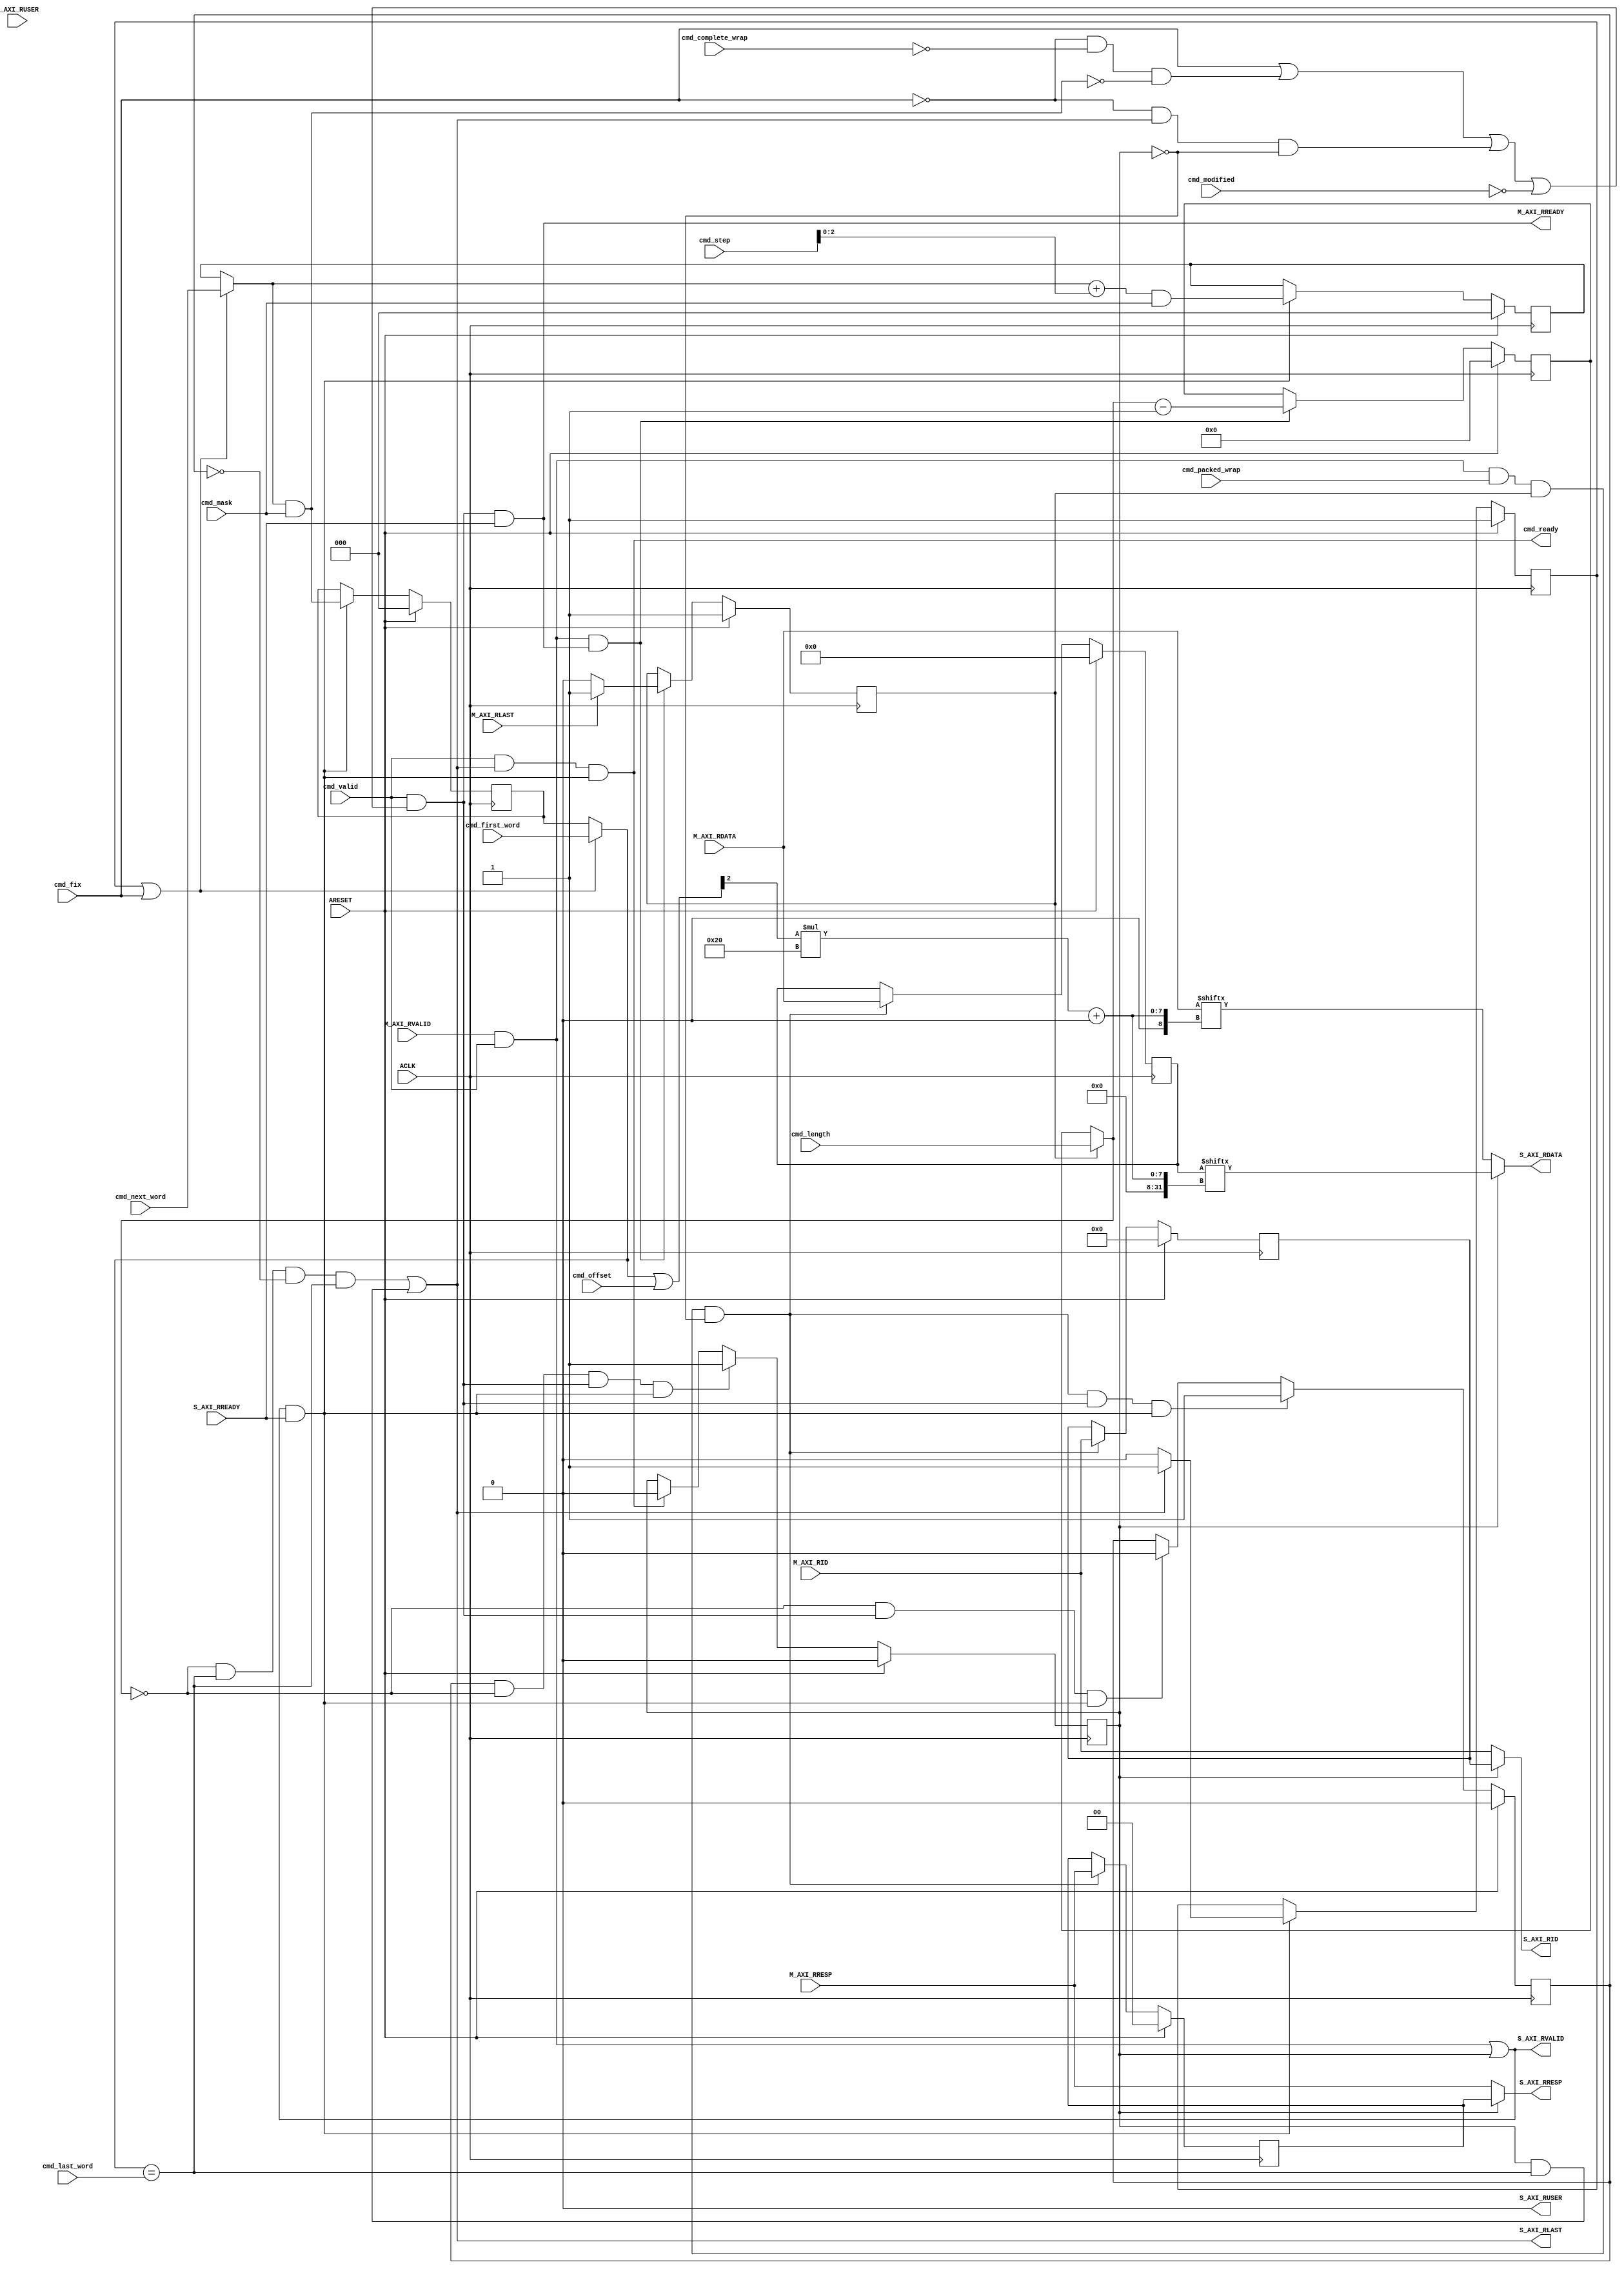
// This program was cloned from: https://github.com/ultraembedded/openlogicbit
// License: Apache License 2.0

// -- (c) Copyright 2010 - 2011 Xilinx, Inc. All rights reserved.
// --
// -- This file contains confidential and proprietary information
// -- of Xilinx, Inc. and is protected under U.S. and 
// -- international copyright and other intellectual property
// -- laws.
// --
// -- DISCLAIMER
// -- This disclaimer is not a license and does not grant any
// -- rights to the materials distributed herewith. Except as
// -- otherwise provided in a valid license issued to you by
// -- Xilinx, and to the maximum extent permitted by applicable
// -- law: (1) THESE MATERIALS ARE MADE AVAILABLE "AS IS" AND
// -- WITH ALL FAULTS, AND XILINX HEREBY DISCLAIMS ALL WARRANTIES
// -- AND CONDITIONS, EXPRESS, IMPLIED, OR STATUTORY, INCLUDING
// -- BUT NOT LIMITED TO WARRANTIES OF MERCHANTABILITY, NON-
// -- INFRINGEMENT, OR FITNESS FOR ANY PARTICULAR PURPOSE; and
// -- (2) Xilinx shall not be liable (whether in contract or tort,
// -- including negligence, or under any other theory of
// -- liability) for any loss or damage of any kind or nature
// -- related to, arising under or in connection with these
// -- materials, including for any direct, or any indirect,
// -- special, incidental, or consequential loss or damage
// -- (including loss of data, profits, goodwill, or any type of
// -- loss or damage suffered as a result of any action brought
// -- by a third party) even if such damage or loss was
// -- reasonably foreseeable or Xilinx had been advised of the
// -- possibility of the same.
// --
// -- CRITICAL APPLICATIONS
// -- Xilinx products are not designed or intended to be fail-
// -- safe, or for use in any application requiring fail-safe
// -- performance, such as life-support or safety devices or
// -- systems, Class III medical devices, nuclear facilities,
// -- applications related to the deployment of airbags, or any
// -- other applications that could lead to death, personal
// -- injury, or severe property or environmental damage
// -- (individually and collectively, "Critical
// -- Applications"). Customer assumes the sole risk and
// -- liability of any use of Xilinx products in Critical
// -- Applications, subject only to applicable laws and
// -- regulations governing limitations on product liability.
// --
// -- THIS COPYRIGHT NOTICE AND DISCLAIMER MUST BE RETAINED AS
// -- PART OF THIS FILE AT ALL TIMES.
//-----------------------------------------------------------------------------
//
// Description: Read Data Response Up-Sizer
// Extract SI-side Data from packed and unpacked MI-side data.
//
// Verilog-standard:  Verilog 2001
//--------------------------------------------------------------------------
//
// Structure:
//   r_upsizer
//
//--------------------------------------------------------------------------
`timescale 1ps/1ps


module r_upsizer #
  (
   parameter         C_FAMILY                         = "rtl", 
                       // FPGA Family. Current version: virtex6 or spartan6.
   parameter integer C_AXI_ID_WIDTH                   = 4, 
                       // Width of all ID signals on SI and MI side of converter.
                       // Range: >= 1.
   parameter         C_S_AXI_DATA_WIDTH               = 32'h00000020, 
                       // Width of S_AXI_WDATA and S_AXI_RDATA.
                       // Format: Bit32; 
                       // Range: 'h00000020, 'h00000040, 'h00000080, 'h00000100.
   parameter         C_M_AXI_DATA_WIDTH               = 32'h00000040, 
                       // Width of M_AXI_WDATA and M_AXI_RDATA.
                       // Assume greater than or equal to C_S_AXI_DATA_WIDTH.
                       // Format: Bit32;
                       // Range: 'h00000020, 'h00000040, 'h00000080, 'h00000100.
   parameter integer C_S_AXI_REGISTER                 = 0,
                       // Clock output data.
                       // Range: 0, 1
   parameter integer C_AXI_SUPPORTS_USER_SIGNALS      = 0,
                       // 1 = Propagate all USER signals, 0 = Dont propagate.
   parameter integer C_AXI_RUSER_WIDTH                = 1,
                       // Width of RUSER signals. 
                       // Range: >= 1.
   parameter integer C_PACKING_LEVEL                    = 1,
                       // 0 = Never pack (expander only); packing logic is omitted.
                       // 1 = Pack only when CACHE[1] (Modifiable) is high.
                       // 2 = Always pack, regardless of sub-size transaction or Modifiable bit.
                       //     (Required when used as helper-core by mem-con.)
   parameter integer C_SUPPORT_BURSTS                 = 1,
                       // Disabled when all connected masters and slaves are AxiLite,
                       //   allowing logic to be simplified.
   parameter integer C_S_AXI_BYTES_LOG                = 3,
                       // Log2 of number of 32bit word on SI-side.
   parameter integer C_M_AXI_BYTES_LOG                = 3,
                       // Log2 of number of 32bit word on MI-side.
   parameter integer C_RATIO                          = 2,
                       // Up-Sizing ratio for data.
   parameter integer C_RATIO_LOG                      = 1
                       // Log2 of Up-Sizing ratio for data.
   )
  (
   // Global Signals
   input  wire                                                    ARESET,
   input  wire                                                    ACLK,

   // Command Interface
   input  wire                              cmd_valid,
   input  wire                              cmd_fix,
   input  wire                              cmd_modified,
   input  wire                              cmd_complete_wrap,
   input  wire                              cmd_packed_wrap,
   input  wire [C_M_AXI_BYTES_LOG-1:0]      cmd_first_word, 
   input  wire [C_M_AXI_BYTES_LOG-1:0]      cmd_next_word,
   input  wire [C_M_AXI_BYTES_LOG-1:0]      cmd_last_word,
   input  wire [C_M_AXI_BYTES_LOG-1:0]      cmd_offset,
   input  wire [C_M_AXI_BYTES_LOG-1:0]      cmd_mask,
   input  wire [C_S_AXI_BYTES_LOG:0]        cmd_step,
   input  wire [8-1:0]                      cmd_length,
   output wire                              cmd_ready,
   
   // Slave Interface Read Data Ports
   output wire [C_AXI_ID_WIDTH-1:0]           S_AXI_RID,
   output wire [C_S_AXI_DATA_WIDTH-1:0]    S_AXI_RDATA,
   output wire [2-1:0]                          S_AXI_RRESP,
   output wire                                                    S_AXI_RLAST,
   output wire [C_AXI_RUSER_WIDTH-1:0]          S_AXI_RUSER,
   output wire                                                    S_AXI_RVALID,
   input  wire                                                    S_AXI_RREADY,

   // Master Interface Read Data Ports
   input  wire [C_AXI_ID_WIDTH-1:0]          M_AXI_RID,
   input  wire [C_M_AXI_DATA_WIDTH-1:0]    M_AXI_RDATA,
   input  wire [2-1:0]                         M_AXI_RRESP,
   input  wire                                                   M_AXI_RLAST,
   input  wire [C_AXI_RUSER_WIDTH-1:0]         M_AXI_RUSER,
   input  wire                                                   M_AXI_RVALID,
   output wire                                                   M_AXI_RREADY
   );
  
  
  /////////////////////////////////////////////////////////////////////////////
  // Variables for generating parameter controlled instances.
  /////////////////////////////////////////////////////////////////////////////
  
  genvar bit_cnt;
  
  
  /////////////////////////////////////////////////////////////////////////////
  // Local params
  /////////////////////////////////////////////////////////////////////////////
  
  // Constants for packing levels.
  localparam integer C_NEVER_PACK        = 0;
  localparam integer C_DEFAULT_PACK      = 1;
  localparam integer C_ALWAYS_PACK       = 2;
  
  
  /////////////////////////////////////////////////////////////////////////////
  // Functions
  /////////////////////////////////////////////////////////////////////////////
  
  
  /////////////////////////////////////////////////////////////////////////////
  // Internal signals
  /////////////////////////////////////////////////////////////////////////////
  
  // Sub-word handling.
  wire                            sel_first_word;
  reg                             first_word;
  reg  [C_M_AXI_BYTES_LOG-1:0]    current_word_1;
  reg  [C_M_AXI_BYTES_LOG-1:0]    current_word_cmb;
  wire [C_M_AXI_BYTES_LOG-1:0]    current_word;
  wire [C_M_AXI_BYTES_LOG-1:0]    current_word_adjusted;
  wire                            last_beat;
  wire                            last_word;
  wire [C_M_AXI_BYTES_LOG-1:0]    cmd_step_i;
  
  // Sub-word handling for the next cycle.
  wire [C_M_AXI_BYTES_LOG-1:0]    pre_next_word_i;
  wire [C_M_AXI_BYTES_LOG-1:0]    pre_next_word;
  reg  [C_M_AXI_BYTES_LOG-1:0]    pre_next_word_1;
  wire [C_M_AXI_BYTES_LOG-1:0]    next_word_i;
  wire [C_M_AXI_BYTES_LOG-1:0]    next_word;
  
  // Burst length handling.
  wire                            first_mi_word;
  wire [8-1:0]                    length_counter_1;
  reg  [8-1:0]                    length_counter;
  wire [8-1:0]                    next_length_counter;
  
  // Handle wrap buffering.
  wire                            store_in_wrap_buffer;
  reg                             use_wrap_buffer;
  reg                             wrap_buffer_available;
  reg [C_AXI_ID_WIDTH-1:0]        rid_wrap_buffer;
  reg [2-1:0]                     rresp_wrap_buffer;
  reg [C_AXI_RUSER_WIDTH-1:0]     ruser_wrap_buffer;
  
  // Throttling help signals.
  wire                            next_word_wrap;
  wire                            word_complete_next_wrap;
  wire                            word_complete_next_wrap_ready;
  wire                            word_complete_next_wrap_pop;
  wire                            word_complete_last_word;
  wire                            word_complete_rest;
  wire                            word_complete_rest_ready;
  wire                            word_complete_rest_pop;
  wire                            word_completed;
  wire                            cmd_ready_i;
  wire                            pop_si_data;
  wire                            pop_mi_data;
  wire                            si_stalling;
  
  // Internal signals for MI-side.
  reg  [C_M_AXI_DATA_WIDTH-1:0]   M_AXI_RDATA_I;
  wire                            M_AXI_RLAST_I;
  wire                            M_AXI_RVALID_I;
  wire                            M_AXI_RREADY_I;
  
  // Internal signals for SI-side.
  wire [C_AXI_ID_WIDTH-1:0]       S_AXI_RID_I;
  wire [C_S_AXI_DATA_WIDTH-1:0]   S_AXI_RDATA_I;
  wire [2-1:0]                    S_AXI_RRESP_I;
  wire                            S_AXI_RLAST_I;
  wire [C_AXI_RUSER_WIDTH-1:0]    S_AXI_RUSER_I;
  wire                            S_AXI_RVALID_I;
  wire                            S_AXI_RREADY_I;
  
  
  /////////////////////////////////////////////////////////////////////////////
  // Handle interface handshaking:
  //
  // Determine if a MI side word has been completely used. For FIX transactions
  // the MI-side word is used to extract a single data word. This is also true
  // for for an upsizer in Expander mode (Never Pack). Unmodified burst also 
  // only use the MI word to extract a single SI-side word (although with 
  // different offsets).
  // Otherwise is the MI-side word considered to be used when last SI-side beat
  // has been extracted or when the last (most significant) SI-side word has 
  // been extracted from ti MI word.
  //
  // Data on the SI-side is available when data is being taken from MI-side or
  // from wrap buffer.
  //
  // The command is popped from the command queue once the last beat on the 
  // SI-side has been ackowledged.
  //
  /////////////////////////////////////////////////////////////////////////////
  
  generate
    if ( C_RATIO_LOG > 1 ) begin : USE_LARGE_UPSIZING
      assign cmd_step_i = {{C_RATIO_LOG-1{1'b0}}, cmd_step};
    end else begin : NO_LARGE_UPSIZING
      assign cmd_step_i = cmd_step;
    end
  endgenerate
  
  generate
    if ( C_FAMILY == "rtl" || ( C_SUPPORT_BURSTS == 0 ) || 
       ( C_PACKING_LEVEL == C_NEVER_PACK ) ) begin : USE_RTL_WORD_COMPLETED
      // Detect when MI-side word is completely used.
      assign word_completed = cmd_valid & 
                              ( ( cmd_fix ) |
                                ( ~cmd_fix & ~cmd_complete_wrap & next_word == {C_M_AXI_BYTES_LOG{1'b0}} ) | 
                                ( ~cmd_fix & last_word & ~use_wrap_buffer ) | 
                                ( ~cmd_modified & ( C_PACKING_LEVEL == C_DEFAULT_PACK ) ) |
                                ( C_PACKING_LEVEL == C_NEVER_PACK ) |
                                ( C_SUPPORT_BURSTS == 0 ) );
      
      // RTL equivalent of optimized partial extressions (address wrap for next word).
      assign word_complete_next_wrap       = ( ~cmd_fix & ~cmd_complete_wrap & next_word == {C_M_AXI_BYTES_LOG{1'b0}} ) | 
                                            ( C_PACKING_LEVEL == C_NEVER_PACK ) |
                                            ( C_SUPPORT_BURSTS == 0 );
      assign word_complete_next_wrap_ready = word_complete_next_wrap & M_AXI_RVALID_I & ~si_stalling;
      assign word_complete_next_wrap_pop   = word_complete_next_wrap_ready & M_AXI_RVALID_I;
      
      // RTL equivalent of optimized partial extressions (last word and the remaining).
      assign word_complete_last_word  = last_word & (~cmd_fix & ~use_wrap_buffer);
      assign word_complete_rest       = word_complete_last_word | cmd_fix | 
                                        ( ~cmd_modified & ( C_PACKING_LEVEL == C_DEFAULT_PACK ) );
      assign word_complete_rest_ready = word_complete_rest & M_AXI_RVALID_I & ~si_stalling;
      assign word_complete_rest_pop   = word_complete_rest_ready & M_AXI_RVALID_I;
      
    end else begin : USE_FPGA_WORD_COMPLETED
    
      wire sel_word_complete_next_wrap;
      wire sel_word_completed;
      wire sel_m_axi_rready;
      wire sel_word_complete_last_word;
      wire sel_word_complete_rest;
      
      // Optimize next word address wrap branch of expression.
      //
      comparator_sel_static #
        (
         .C_FAMILY(C_FAMILY),
         .C_VALUE({C_M_AXI_BYTES_LOG{1'b0}}),
         .C_DATA_WIDTH(C_M_AXI_BYTES_LOG)
         ) next_word_wrap_inst
        (
         .CIN(1'b1),
         .S(sel_first_word),
         .A(pre_next_word_1),
         .B(cmd_next_word),
         .COUT(next_word_wrap)
         );
         
      assign sel_word_complete_next_wrap = ~cmd_fix & ~cmd_complete_wrap;
      
      carry_and #
        (
         .C_FAMILY(C_FAMILY)
         ) word_complete_next_wrap_inst
        (
         .CIN(next_word_wrap),
         .S(sel_word_complete_next_wrap),
         .COUT(word_complete_next_wrap)
         );
         
      assign sel_m_axi_rready = cmd_valid & S_AXI_RREADY_I;
      
      carry_and #
        (
         .C_FAMILY(C_FAMILY)
         ) word_complete_next_wrap_ready_inst
        (
         .CIN(word_complete_next_wrap),
         .S(sel_m_axi_rready),
         .COUT(word_complete_next_wrap_ready)
         );
      
      carry_and #
        (
         .C_FAMILY(C_FAMILY)
         ) word_complete_next_wrap_pop_inst
        (
         .CIN(word_complete_next_wrap_ready),
         .S(M_AXI_RVALID_I),
         .COUT(word_complete_next_wrap_pop)
         );
      
      // Optimize last word and "rest" branch of expression.
      //
      assign sel_word_complete_last_word = ~cmd_fix & ~use_wrap_buffer;
      
      carry_and #
        (
         .C_FAMILY(C_FAMILY)
         ) word_complete_last_word_inst
        (
         .CIN(last_word),
         .S(sel_word_complete_last_word),
         .COUT(word_complete_last_word)
         );
      
      assign sel_word_complete_rest = cmd_fix | ( ~cmd_modified & ( C_PACKING_LEVEL == C_DEFAULT_PACK ) );
      
      carry_or #
        (
         .C_FAMILY(C_FAMILY)
         ) word_complete_rest_inst
        (
         .CIN(word_complete_last_word),
         .S(sel_word_complete_rest),
         .COUT(word_complete_rest)
         );
         
      carry_and #
        (
         .C_FAMILY(C_FAMILY)
         ) word_complete_rest_ready_inst
        (
         .CIN(word_complete_rest),
         .S(sel_m_axi_rready),
         .COUT(word_complete_rest_ready)
         );
      
      carry_and #
        (
         .C_FAMILY(C_FAMILY)
         ) word_complete_rest_pop_inst
        (
         .CIN(word_complete_rest_ready),
         .S(M_AXI_RVALID_I),
         .COUT(word_complete_rest_pop)
         );
      
      // Combine the two branches to generate the full signal.
      assign word_completed = word_complete_next_wrap | word_complete_rest;
      
    end
  endgenerate
  
  // Only propagate Valid when there is command information available.
  assign M_AXI_RVALID_I = M_AXI_RVALID & cmd_valid;
  
  generate
    if ( C_FAMILY == "rtl" ) begin : USE_RTL_CTRL
      // Pop word from MI-side.
      assign M_AXI_RREADY_I = word_completed & S_AXI_RREADY_I;
      
      // Get MI-side data.
      assign pop_mi_data    = M_AXI_RVALID_I & M_AXI_RREADY_I;
      
      // Signal that the command is done (so that it can be poped from command queue).
      assign cmd_ready_i    = cmd_valid & S_AXI_RLAST_I & pop_si_data;
      
    end else begin : USE_FPGA_CTRL
      wire sel_cmd_ready;
      
      assign M_AXI_RREADY_I = word_complete_next_wrap_ready | word_complete_rest_ready;
      
      assign pop_mi_data    = word_complete_next_wrap_pop | word_complete_rest_pop;
      
      assign sel_cmd_ready  = cmd_valid & pop_si_data;
    
      carry_latch_and #
        (
         .C_FAMILY(C_FAMILY)
         ) cmd_ready_inst
        (
         .CIN(S_AXI_RLAST_I),
         .I(sel_cmd_ready),
         .O(cmd_ready_i)
         );
      
    end
  endgenerate
  
  // Indicate when there is data available @ SI-side.
  assign S_AXI_RVALID_I = ( M_AXI_RVALID_I | use_wrap_buffer );
  
  // Get SI-side data.
  assign pop_si_data    = S_AXI_RVALID_I & S_AXI_RREADY_I;
  
  // Assign external signals.
  assign M_AXI_RREADY   = M_AXI_RREADY_I;
  assign cmd_ready      = cmd_ready_i;
  
  // Detect when SI-side is stalling.
  assign si_stalling    = S_AXI_RVALID_I & ~S_AXI_RREADY_I;
                          
  
  /////////////////////////////////////////////////////////////////////////////
  // Keep track of data extraction:
  // 
  // Current address is taken form the command buffer for the first data beat
  // to handle unaligned Read transactions. After this is the extraction 
  // address usually calculated from this point.
  // FIX transactions uses the same word address for all data beats. 
  // 
  // Next word address is generated as current word plus the current step 
  // size, with masking to facilitate sub-sized wraping. The Mask is all ones
  // for normal wraping, and less when sub-sized wraping is used.
  // 
  // The calculated word addresses (current and next) is offseted by the 
  // current Offset. For sub-sized transaction the Offset points to the least 
  // significant address of the included data beats. (The least significant 
  // word is not necessarily the first data to be extracted, consider WRAP).
  // Offset is only used for sub-sized WRAP transcation that are Complete.
  // 
  // First word is active during the first SI-side data beat.
  // 
  // First MI is set while the entire first MI-side word is processed.
  //
  // The transaction length is taken from the command buffer combinatorialy
  // during the First MI cycle. For each used MI word it is decreased until 
  // Last beat is reached.
  // 
  // Last word is determined depending on the current command, i.e. modified 
  // burst has to scale since multiple words could be packed into one MI-side
  // word.
  // Last word is 1:1 for:
  // FIX, when burst support is disabled or unmodified for Normal Pack.
  // Last word is scaled for all other transactions.
  //
  /////////////////////////////////////////////////////////////////////////////
  
  // Select if the offset comes from command queue directly or 
  // from a counter while when extracting multiple SI words per MI word
  assign sel_first_word = first_word | cmd_fix;
  assign current_word   = sel_first_word ? cmd_first_word : 
                                           current_word_1;
  
  generate
    if ( C_FAMILY == "rtl" ) begin : USE_RTL_NEXT_WORD
      
      // Calculate next word.
      assign pre_next_word_i  = ( next_word_i + cmd_step_i );
      
      // Calculate next word.
      assign next_word_i      = sel_first_word ? cmd_next_word : 
                                                 pre_next_word_1;
      
    end else begin : USE_FPGA_NEXT_WORD
      wire [C_M_AXI_BYTES_LOG-1:0]  next_sel;
      wire [C_M_AXI_BYTES_LOG:0]    next_carry_local;

      // Assign input to local vectors.
      assign next_carry_local[0]      = 1'b0;
    
      // Instantiate one carry and per level.
      for (bit_cnt = 0; bit_cnt < C_M_AXI_BYTES_LOG ; bit_cnt = bit_cnt + 1) begin : LUT_LEVEL
        
        LUT6_2 # (
         .INIT(64'h5A5A_5A66_F0F0_F0CC) 
        ) LUT6_2_inst (
        .O6(next_sel[bit_cnt]),         // 6/5-LUT output (1-bit)
        .O5(next_word_i[bit_cnt]),      // 5-LUT output (1-bit)
        .I0(cmd_step_i[bit_cnt]),       // LUT input (1-bit)
        .I1(pre_next_word_1[bit_cnt]),  // LUT input (1-bit)
        .I2(cmd_next_word[bit_cnt]),    // LUT input (1-bit)
        .I3(first_word),                // LUT input (1-bit)
        .I4(cmd_fix),                   // LUT input (1-bit)
        .I5(1'b1)                       // LUT input (1-bit)
        );
        
        MUXCY next_carry_inst 
        (
         .O (next_carry_local[bit_cnt+1]), 
         .CI (next_carry_local[bit_cnt]), 
         .DI (cmd_step_i[bit_cnt]), 
         .S (next_sel[bit_cnt])
        ); 
        
        XORCY next_xorcy_inst 
        (
         .O(pre_next_word_i[bit_cnt]),
         .CI(next_carry_local[bit_cnt]),
         .LI(next_sel[bit_cnt])
        );
        
      end // end for bit_cnt
      
    end
  endgenerate
  
  // Calculate next word.
  assign next_word              = next_word_i     & cmd_mask;
  assign pre_next_word          = pre_next_word_i & cmd_mask;
  
  // Calculate the word address with offset.
  assign current_word_adjusted  = current_word | cmd_offset;
  
  // Prepare next word address.
  always @ (posedge ACLK) begin
    if (ARESET) begin
      first_word      <= 1'b1;
      current_word_1  <= 'b0;
      pre_next_word_1 <= {C_M_AXI_BYTES_LOG{1'b0}};
    end else begin
      if ( pop_si_data ) begin
        if ( last_word ) begin
          // Prepare for next access.
          first_word      <=  1'b1;
        end else begin
          first_word      <=  1'b0;
        end
      
        current_word_1  <= next_word;
        pre_next_word_1 <= pre_next_word;
      end
    end
  end
  
  // Select command length or counted length.
  always @ *
  begin
    if ( first_mi_word )
      length_counter = cmd_length;
    else
      length_counter = length_counter_1;
  end
  
  // Calculate next length counter value.
  assign next_length_counter = length_counter - 1'b1;
  
  generate
    if ( C_FAMILY == "rtl" ) begin : USE_RTL_LENGTH
      reg  [8-1:0]                    length_counter_q;
      reg                             first_mi_word_q;
    
      always @ (posedge ACLK) begin
        if (ARESET) begin
          first_mi_word_q  <= 1'b1;
          length_counter_q <= 8'b0;
        end else begin
          if ( pop_mi_data ) begin
            if ( M_AXI_RLAST ) begin
              first_mi_word_q  <= 1'b1;
            end else begin
              first_mi_word_q  <= 1'b0;
            end
          
            length_counter_q <= next_length_counter;
          end
        end
      end
      
      assign first_mi_word    = first_mi_word_q;
      assign length_counter_1 = length_counter_q;
      
    end else begin : USE_FPGA_LENGTH
      wire [8-1:0]  length_counter_i;
      wire [8-1:0]  length_sel;
      wire [8-1:0]  length_di;
      wire [8:0]    length_local_carry;
      
      // Assign input to local vectors.
      assign length_local_carry[0] = 1'b0;
    
      for (bit_cnt = 0; bit_cnt < 8 ; bit_cnt = bit_cnt + 1) begin : BIT_LANE

        LUT6_2 # (
         .INIT(64'h333C_555A_FFF0_FFF0) 
        ) LUT6_2_inst (
        .O6(length_sel[bit_cnt]),           // 6/5-LUT output (1-bit)
        .O5(length_di[bit_cnt]),            // 5-LUT output (1-bit)
        .I0(length_counter_1[bit_cnt]),     // LUT input (1-bit)
        .I1(cmd_length[bit_cnt]),           // LUT input (1-bit)
        .I2(word_complete_next_wrap_pop),  // LUT input (1-bit)
        .I3(word_complete_rest_pop),        // LUT input (1-bit)
        .I4(first_mi_word),                 // LUT input (1-bit)
        .I5(1'b1)                           // LUT input (1-bit)
        );
        
        MUXCY and_inst 
        (
         .O (length_local_carry[bit_cnt+1]), 
         .CI (length_local_carry[bit_cnt]), 
         .DI (length_di[bit_cnt]), 
         .S (length_sel[bit_cnt])
        ); 
        
        XORCY xorcy_inst 
        (
         .O(length_counter_i[bit_cnt]),
         .CI(length_local_carry[bit_cnt]),
         .LI(length_sel[bit_cnt])
        );
        
        FDRE #(
         .INIT(1'b0)                    // Initial value of register (1'b0 or 1'b1)
         ) FDRE_inst (
         .Q(length_counter_1[bit_cnt]), // Data output
         .C(ACLK),                      // Clock input
         .CE(1'b1),                     // Clock enable input
         .R(ARESET),                    // Synchronous reset input
         .D(length_counter_i[bit_cnt])  // Data input
         );
      end // end for bit_cnt
      
      wire first_mi_word_i;
      
      LUT6 # (
       .INIT(64'hAAAC_AAAC_AAAC_AAAC) 
      ) LUT6_cnt_inst (
      .O(first_mi_word_i),                // 6-LUT output (1-bit)
      .I0(M_AXI_RLAST),                   // LUT input (1-bit)
      .I1(first_mi_word),                 // LUT input (1-bit)
      .I2(word_complete_next_wrap_pop),  // LUT input (1-bit)
      .I3(word_complete_rest_pop),        // LUT input (1-bit)
      .I4(1'b1),                          // LUT input (1-bit)
      .I5(1'b1)                           // LUT input (1-bit)
      );
          
      FDSE #(
       .INIT(1'b1)                    // Initial value of register (1'b0 or 1'b1)
       ) FDRE_inst (
       .Q(first_mi_word),             // Data output
       .C(ACLK),                      // Clock input
       .CE(1'b1),                     // Clock enable input
       .S(ARESET),                    // Synchronous reset input
       .D(first_mi_word_i)            // Data input
       );
      
    end
  endgenerate
  
  generate
    if ( C_FAMILY == "rtl" || C_SUPPORT_BURSTS == 0 ) begin : USE_RTL_LAST_WORD
      // Detect last beat in a burst.
      assign last_beat = ( length_counter == 8'b0 );
      
      // Determine if this last word that shall be extracted from this MI-side word.
      assign last_word = ( last_beat & ( current_word == cmd_last_word ) & ~wrap_buffer_available & ( current_word == cmd_last_word ) ) |
                         ( use_wrap_buffer & ( current_word == cmd_last_word ) ) |
                         ( last_beat & ( current_word == cmd_last_word ) & ( C_PACKING_LEVEL == C_NEVER_PACK ) ) |
                         ( C_SUPPORT_BURSTS == 0 );
  
    end else begin : USE_FPGA_LAST_WORD
    
      wire sel_last_word;
      wire last_beat_ii;
      
      
      comparator_sel_static #
        (
         .C_FAMILY(C_FAMILY),
         .C_VALUE(8'b0),
         .C_DATA_WIDTH(8)
         ) last_beat_inst
        (
         .CIN(1'b1),
         .S(first_mi_word),
         .A(length_counter_1),
         .B(cmd_length),
         .COUT(last_beat)
         );
      
      if ( C_PACKING_LEVEL != C_NEVER_PACK  ) begin : USE_FPGA_PACK
        // 
        //
        wire sel_last_beat;
        wire last_beat_i;
        
        assign sel_last_beat = ~wrap_buffer_available;
        
        carry_and #
          (
           .C_FAMILY(C_FAMILY)
           ) last_beat_inst_1
          (
           .CIN(last_beat),
           .S(sel_last_beat),
           .COUT(last_beat_i)
           );
  
        carry_or #
          (
           .C_FAMILY(C_FAMILY)
           ) last_beat_wrap_inst
          (
           .CIN(last_beat_i),
           .S(use_wrap_buffer),
           .COUT(last_beat_ii)
           );
  
      end else begin : NO_PACK
        assign last_beat_ii = last_beat;
           
      end
        
      comparator_sel #
        (
         .C_FAMILY(C_FAMILY),
         .C_DATA_WIDTH(C_M_AXI_BYTES_LOG)
         ) last_beat_curr_word_inst
        (
         .CIN(last_beat_ii),
         .S(sel_first_word),
         .A(current_word_1),
         .B(cmd_first_word),
         .V(cmd_last_word),
         .COUT(last_word)
         );
      
    end
  endgenerate
  
  
  /////////////////////////////////////////////////////////////////////////////
  // Handle wrap buffer:
  // 
  // The wrap buffer is used to move data around in an unaligned WRAP 
  // transaction. The requested read address has been rounded down, meaning 
  // that parts of the first MI-side data beat has to be delayed for later use.
  // The extraction starts at the origian unaligned address, the remaining data
  // is stored in the wrap buffer to be extracted after the last MI-side data 
  // beat has been fully processed.
  // For example: an 32bit to 64bit read upsizing @ 0x4 will request a MI-side
  // read WRAP transaction 0x0. The 0x4 data word is used at once and the 0x0 
  // word is delayed to be used after all data in the last MI-side beat has 
  // arrived.
  // 
  /////////////////////////////////////////////////////////////////////////////
  
  // Save data to be able to perform buffer wraping.
  assign store_in_wrap_buffer = M_AXI_RVALID_I & cmd_packed_wrap & first_mi_word & ~use_wrap_buffer;
  
  // Mark that there are data available for wrap buffering.
  always @ (posedge ACLK) begin
    if (ARESET) begin
      wrap_buffer_available <= 1'b0;
    end else begin
      if ( store_in_wrap_buffer & word_completed & pop_si_data  ) begin
        wrap_buffer_available <= 1'b1;
      end else if ( last_beat & word_completed & pop_si_data  ) begin
        wrap_buffer_available <= 1'b0;
      end
    end
  end
  
  // Start using the wrap buffer.
  always @ (posedge ACLK) begin
    if (ARESET) begin
      use_wrap_buffer <= 1'b0;
    end else begin
      if ( wrap_buffer_available & last_beat & word_completed & pop_si_data ) begin
        use_wrap_buffer <= 1'b1;
      end else if ( cmd_ready_i ) begin
        use_wrap_buffer <= 1'b0;
      end
    end
  end
  
  // Store data in wrap buffer.
  always @ (posedge ACLK) begin
    if (ARESET) begin
      M_AXI_RDATA_I     <= {C_M_AXI_DATA_WIDTH{1'b0}};
      rid_wrap_buffer   <= {C_AXI_ID_WIDTH{1'b0}};
      rresp_wrap_buffer <= 2'b0;
      ruser_wrap_buffer <= {C_AXI_ID_WIDTH{1'b0}};
    end else begin
      if ( store_in_wrap_buffer ) begin
        M_AXI_RDATA_I     <= M_AXI_RDATA;
        rid_wrap_buffer   <= M_AXI_RID;
        rresp_wrap_buffer <= M_AXI_RRESP;
        ruser_wrap_buffer <= M_AXI_RUSER;
      end
    end
  end
  
  
  /////////////////////////////////////////////////////////////////////////////
  // Select the SI-side word to read.
  //
  // Everything must be multiplexed since the next transfer can be arriving 
  // with a different set of signals while the wrap buffer is still being 
  // processed for the current transaction.
  // 
  // Non modifiable word has a 1:1 ratio, i.e. only one SI-side word is 
  // generated per MI-side word.
  // Data is taken either directly from the incomming MI-side data or the 
  // wrap buffer (for packed WRAP).
  //
  // Last need special handling since it is the last SI-side word generated 
  // from the MI-side word.
  //
  /////////////////////////////////////////////////////////////////////////////
  
  // ID, RESP and USER has to be multiplexed.
  assign S_AXI_RID_I    = ( use_wrap_buffer & ( C_SUPPORT_BURSTS == 1 ) ) ? 
                          rid_wrap_buffer :
                          M_AXI_RID;
  assign S_AXI_RRESP_I  = ( use_wrap_buffer & ( C_SUPPORT_BURSTS == 1 ) ) ? 
                          rresp_wrap_buffer :
                          M_AXI_RRESP;
  assign S_AXI_RUSER_I  = ( C_AXI_SUPPORTS_USER_SIGNALS ) ? 
                            ( use_wrap_buffer & ( C_SUPPORT_BURSTS == 1 ) ) ? 
                            ruser_wrap_buffer :
                            M_AXI_RUSER :
                          {C_AXI_RUSER_WIDTH{1'b0}};
                          
  // Data has to be multiplexed.
  generate
    if ( C_RATIO == 1 ) begin : SINGLE_WORD
      assign S_AXI_RDATA_I  = ( use_wrap_buffer & ( C_SUPPORT_BURSTS == 1 ) ) ? 
                              M_AXI_RDATA_I :
                              M_AXI_RDATA;
    end else begin : MULTIPLE_WORD
      // Get the ratio bits (MI-side words vs SI-side words).
      wire [C_RATIO_LOG-1:0]          current_index;
      assign current_index  = current_word_adjusted[C_M_AXI_BYTES_LOG-C_RATIO_LOG +: C_RATIO_LOG];
      
      assign S_AXI_RDATA_I  = ( use_wrap_buffer & ( C_SUPPORT_BURSTS == 1 ) ) ? 
                              M_AXI_RDATA_I[current_index * C_S_AXI_DATA_WIDTH +: C_S_AXI_DATA_WIDTH] :
                              M_AXI_RDATA[current_index * C_S_AXI_DATA_WIDTH +: C_S_AXI_DATA_WIDTH];
    end
  endgenerate
  
  // Generate the true last flag including "keep" while using wrap buffer.
  assign M_AXI_RLAST_I  = ( M_AXI_RLAST | use_wrap_buffer );
  
  // Handle last flag, i.e. set for SI-side last word.
  assign S_AXI_RLAST_I  = last_word;
  
  
  /////////////////////////////////////////////////////////////////////////////
  // SI-side output handling
  /////////////////////////////////////////////////////////////////////////////
  
  generate
    if ( C_S_AXI_REGISTER ) begin : USE_REGISTER
      reg  [C_AXI_ID_WIDTH-1:0]       S_AXI_RID_q;
      reg  [C_S_AXI_DATA_WIDTH-1:0]   S_AXI_RDATA_q;
      reg  [2-1:0]                    S_AXI_RRESP_q;
      reg                             S_AXI_RLAST_q;
      reg  [C_AXI_RUSER_WIDTH-1:0]    S_AXI_RUSER_q;
      reg                             S_AXI_RVALID_q;
      reg                             S_AXI_RREADY_q;
    
      // Register SI-side Data.
      always @ (posedge ACLK) begin
        if (ARESET) begin
          S_AXI_RID_q       <= {C_AXI_ID_WIDTH{1'b0}};
          S_AXI_RDATA_q     <= {C_S_AXI_DATA_WIDTH{1'b0}};
          S_AXI_RRESP_q     <= 2'b0;
          S_AXI_RLAST_q     <= 1'b0;
          S_AXI_RUSER_q     <= {C_AXI_RUSER_WIDTH{1'b0}};
          S_AXI_RVALID_q    <= 1'b0;
        end else begin
          if ( S_AXI_RREADY_I ) begin
            S_AXI_RID_q       <= S_AXI_RID_I;
            S_AXI_RDATA_q     <= S_AXI_RDATA_I;
            S_AXI_RRESP_q     <= S_AXI_RRESP_I;
            S_AXI_RLAST_q     <= S_AXI_RLAST_I;
            S_AXI_RUSER_q     <= S_AXI_RUSER_I;
            S_AXI_RVALID_q    <= S_AXI_RVALID_I;
          end
          
        end
      end
      
      assign S_AXI_RID      = S_AXI_RID_q;
      assign S_AXI_RDATA    = S_AXI_RDATA_q;
      assign S_AXI_RRESP    = S_AXI_RRESP_q;
      assign S_AXI_RLAST    = S_AXI_RLAST_q;
      assign S_AXI_RUSER    = S_AXI_RUSER_q;
      assign S_AXI_RVALID   = S_AXI_RVALID_q;
      assign S_AXI_RREADY_I = ( S_AXI_RVALID_q & S_AXI_RREADY) | ~S_AXI_RVALID_q;
      
    end else begin : NO_REGISTER
    
      // Combinatorial SI-side Data.
      assign S_AXI_RREADY_I = S_AXI_RREADY;
      assign S_AXI_RVALID   = S_AXI_RVALID_I;
      assign S_AXI_RID      = S_AXI_RID_I;
      assign S_AXI_RDATA    = S_AXI_RDATA_I;
      assign S_AXI_RRESP    = S_AXI_RRESP_I;
      assign S_AXI_RLAST    = S_AXI_RLAST_I;
      assign S_AXI_RUSER    = S_AXI_RUSER_I;
  
    end
  endgenerate
  
  
endmodule